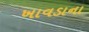
ખાવડાના